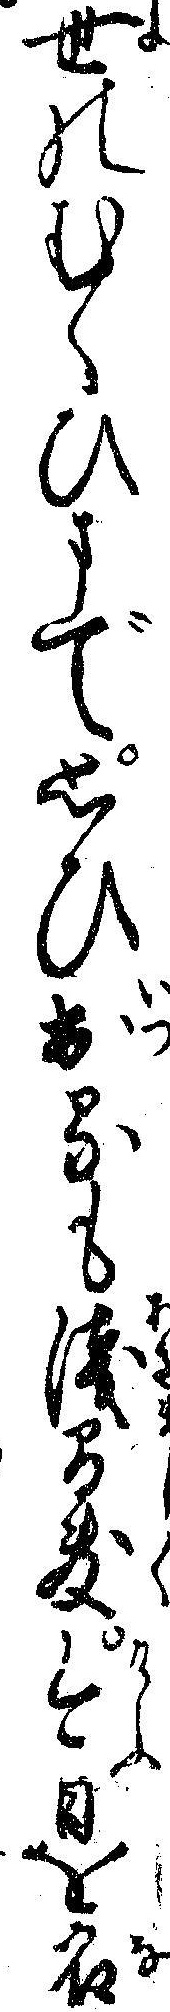
世のむくひまで思ひ出るも浅間敷今日を名